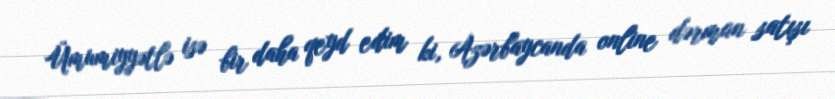
Ümumiyyətlə isə bir daha qeyd edim ki, Azərbaycanda online dərman satışı